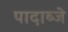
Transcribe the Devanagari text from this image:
पादाब्जे